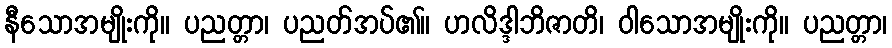
နီသောအမျိုးကို။ ပညတ္တာ၊ ပညတ်အပ်၏။ ဟလိဒ္ဒါဘိဇာတိ၊ ဝါသောအမျိုးကို။ ပညတ္တာ၊